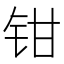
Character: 钳